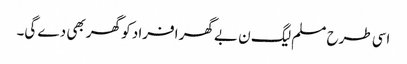
اسی طرح مسلم لیگ ن بے گھر افراد کو گھر بھی دے گی۔